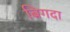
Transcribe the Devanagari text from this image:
बिगदा